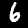
Digit: 6